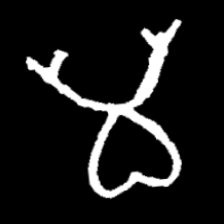
Pyu character \u2014 Myanmar letter: မ (romanized: ma)